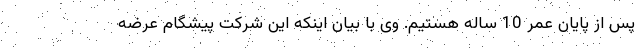
پس از پایان عمر 10 ساله هستیم. وی با بیان اینکه این شرکت پیشگام عرضه